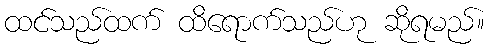
ထင်သည်ထက် ထိရောက်သည်ဟု ဆိုရမည်။